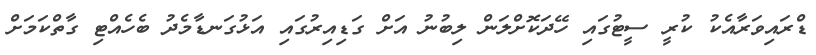
ޑްރައިވަރާއެކު ކުރީ ސީޓުގައި ހޭދަކޮށްލަން ލިބުނު އަށް ގަޑިއިރުގައި އަޅުގަނޑާމެދު ބެހެއްޓި ގާތްކަމަށް